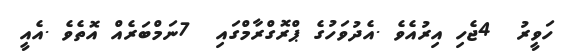
ހަވީރު  4ޖެހި އިރުއެވެ .އެދުވަހުގެ ޕްރޮގްރާމްގައި  7ނަމްބަރެއް އޮތެވެ .އެއީ